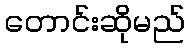
တောင်းဆိုမည်